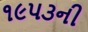
૧૯૫૩ની